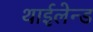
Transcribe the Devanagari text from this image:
थाईलेन्ड